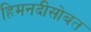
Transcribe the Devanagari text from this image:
हिमनदीसोबत